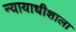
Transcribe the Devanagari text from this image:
न्यायाधीशाला